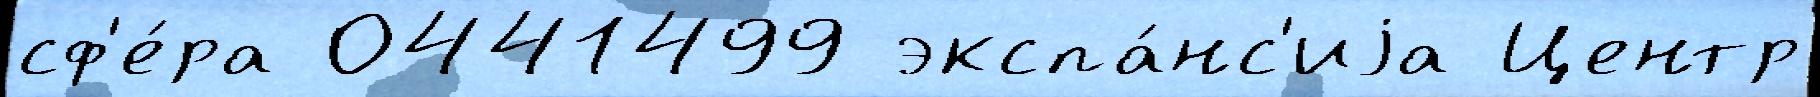
сф'е́ра 0441499 экспа́нс'иjа Центр